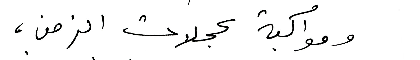
ومواكبة عجلات الزمن،